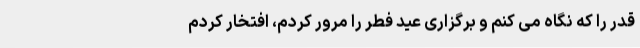
قدر را که نگاه می کنم و برگزاری عید فطر را مرور کردم، افتخار کردم